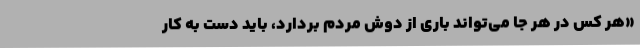
«هر کس در هر جا می‌تواند باری از دوش مردم بردارد، باید دست‌ به کار